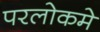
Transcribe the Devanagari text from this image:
परलोकमे